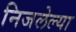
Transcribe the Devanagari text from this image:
निजलेल्या